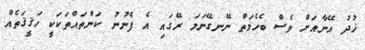
ޚުދު އޭނާއަށް ވެސް ބެހެމަތް ނޭނގޭނަމަ ރޭގައި އެ ފެނުނު ކަންތައްތަކަކީ ހަޤީޤަތެއް